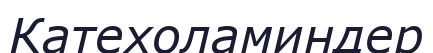
Катехоламиндер